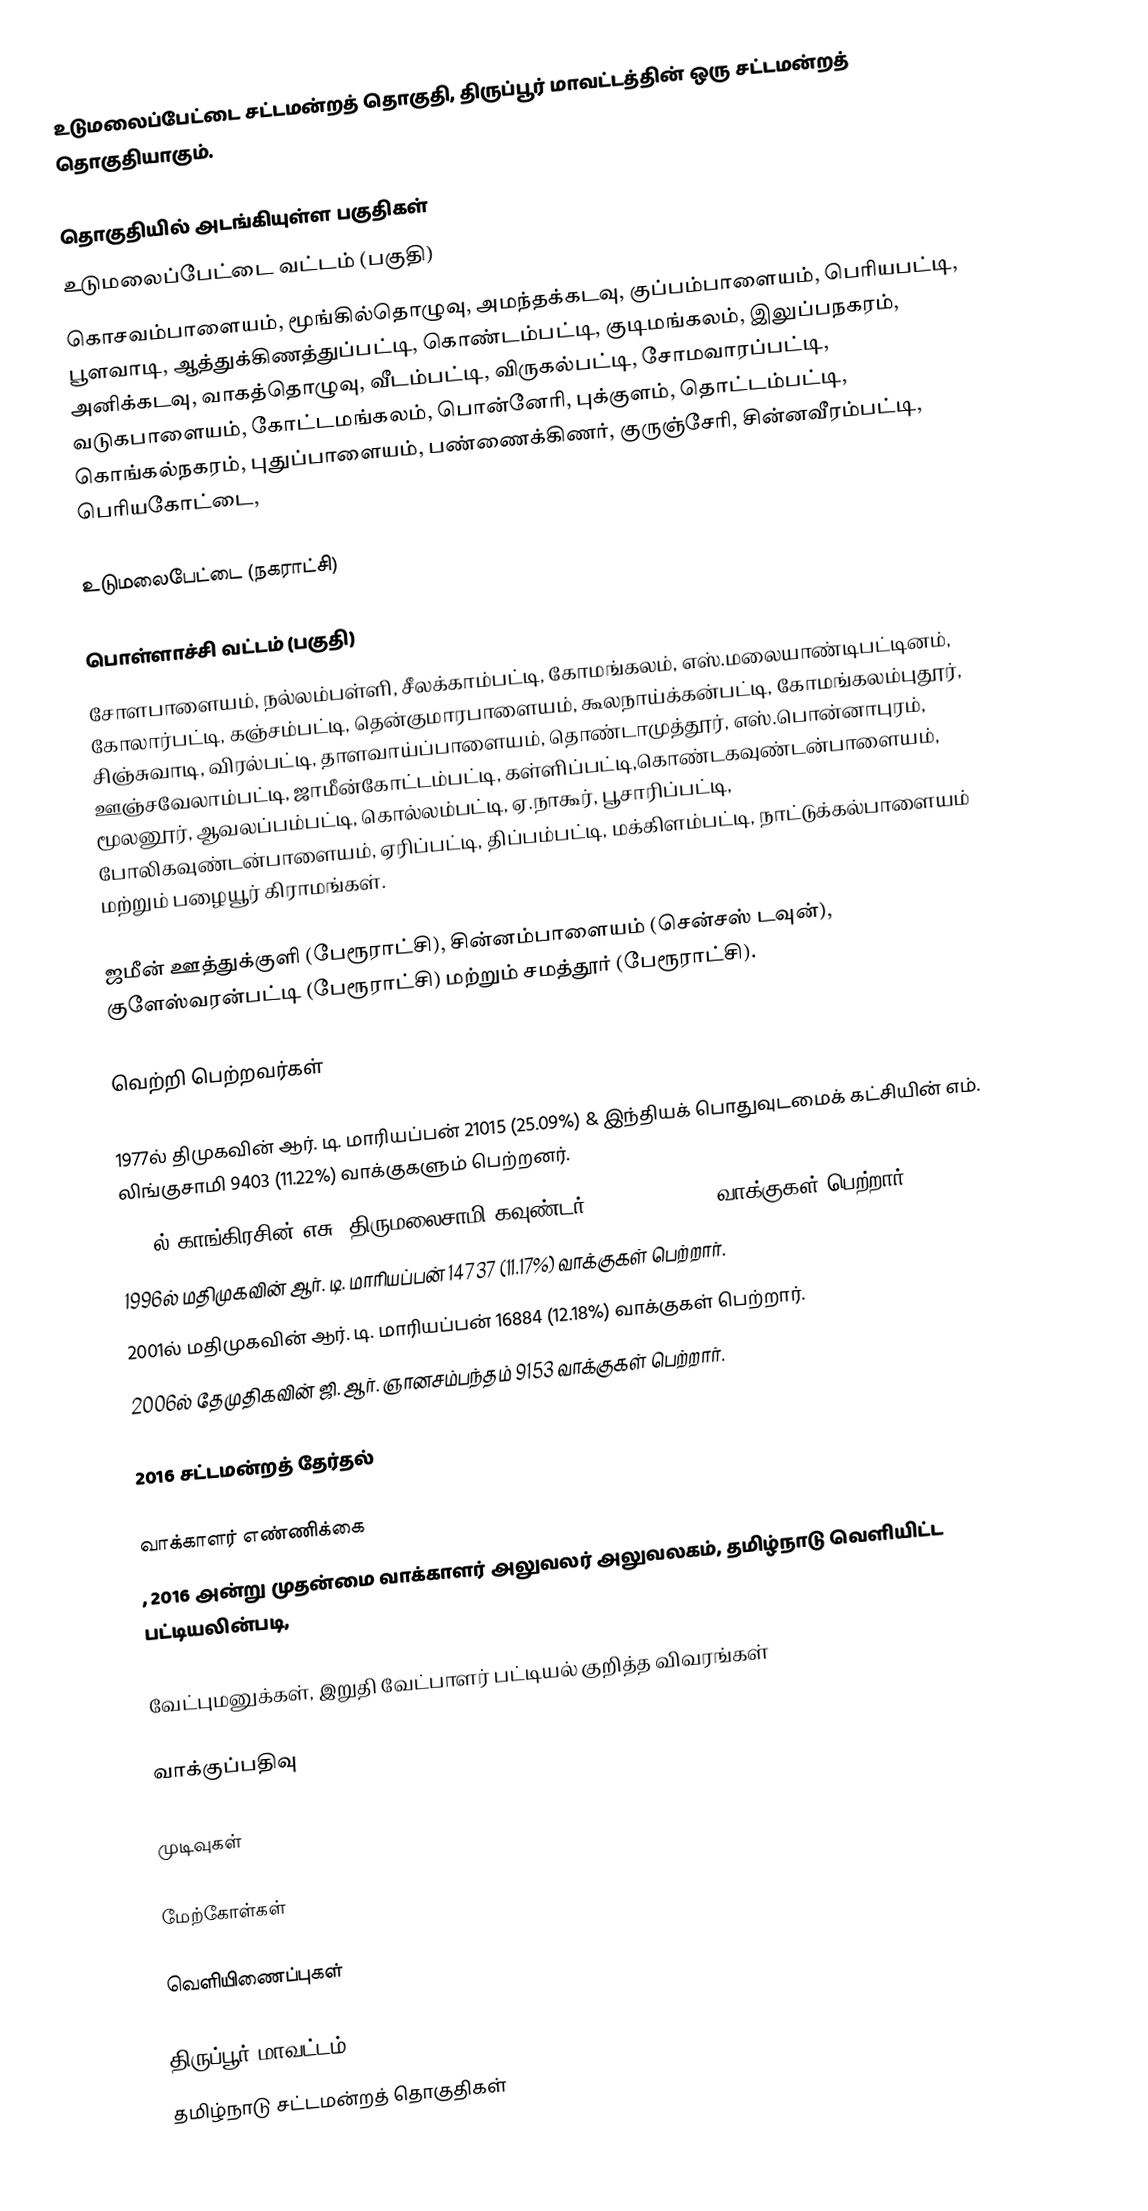
உடுமலைப்பேட்டை சட்டமன்றத் தொகுதி, திருப்பூர் மாவட்டத்தின் ஒரு சட்டமன்றத் தொகுதியாகும்.

தொகுதியில் அடங்கியுள்ள பகுதிகள்
உடுமலைப்பேட்டை வட்டம் (பகுதி)
கொசவம்பாளையம், மூங்கில்தொழுவு, அமந்தக்கடவு, குப்பம்பாளையம், பெரியபட்டி, பூளவாடி, ஆத்துக்கிணத்துப்பட்டி, கொண்டம்பட்டி, குடிமங்கலம், இலுப்பநகரம், அனிக்கடவு, வாகத்தொழுவு, வீடம்பட்டி, விருகல்பட்டி, சோமவாரப்பட்டி, வடுகபாளையம், கோட்டமங்கலம், பொன்னேரி, புக்குளம், தொட்டம்பட்டி, கொங்கல்நகரம், புதுப்பாளையம், பண்ணைக்கிணர், குருஞ்சேரி, சின்னவீரம்பட்டி, பெரியகோட்டை,

உடுமலைபேட்டை (நகராட்சி)

பொள்ளாச்சி வட்டம் (பகுதி)
சோளபாளையம், நல்லம்பள்ளி, சீலக்காம்பட்டி, கோமங்கலம், எஸ்.மலையாண்டிபட்டினம், கோலார்பட்டி, கஞ்சம்பட்டி, தென்குமாரபாளையம், கூலநாய்க்கன்பட்டி, கோமங்கலம்புதூர், சிஞ்சுவாடி, விரல்பட்டி, தாளவாய்ப்பாளையம், தொண்டாமுத்தூர், எஸ்.பொன்னாபுரம், ஊஞ்சவேலாம்பட்டி, ஜாமீன்கோட்டம்பட்டி, கள்ளிப்பட்டி,கொண்டகவுண்டன்பாளையம், மூலனூர், ஆவலப்பம்பட்டி, கொல்லம்பட்டி, ஏ.நாகூர், பூசாரிப்பட்டி, போலிகவுண்டன்பாளையம், ஏரிப்பட்டி, திப்பம்பட்டி, மக்கிளம்பட்டி, நாட்டுக்கல்பாளையம் மற்றும் பழையூர் கிராமங்கள்.

ஜமீன் ஊத்துக்குளி (பேரூராட்சி), சின்னம்பாளையம் (சென்சஸ் டவுன்), குளேஸ்வரன்பட்டி (பேரூராட்சி) மற்றும் சமத்தூர் (பேரூராட்சி).

வெற்றி பெற்றவர்கள்

1977ல் திமுகவின் ஆர். டி. மாரியப்பன் 21015 (25.09%) & இந்தியக் பொதுவுடமைக் கட்சியின் எம். லிங்குசாமி 9403 (11.22%) வாக்குகளும் பெற்றனர்.
1989ல் காங்கிரசின் எசு. திருமலைசாமி கவுண்டர்  13369 (10.97%) வாக்குகள் பெற்றார்.
1996ல் மதிமுகவின் ஆர். டி. மாரியப்பன் 14737 (11.17%) வாக்குகள் பெற்றார்.
2001ல் மதிமுகவின் ஆர். டி. மாரியப்பன்  16884 (12.18%) வாக்குகள் பெற்றார்.
2006ல் தேமுதிகவின் ஜி. ஆர். ஞானசம்பந்தம் 9153 வாக்குகள் பெற்றார்.

2016 சட்டமன்றத் தேர்தல்

வாக்காளர் எண்ணிக்கை
, 2016 அன்று முதன்மை வாக்காளர் அலுவலர் அலுவலகம், தமிழ்நாடு வெளியிட்ட பட்டியலின்படி,

வேட்புமனுக்கள், இறுதி வேட்பாளர் பட்டியல் குறித்த விவரங்கள்

வாக்குப்பதிவு

முடிவுகள்

மேற்கோள்கள்

வெளியிணைப்புகள்

திருப்பூர் மாவட்டம்
தமிழ்நாடு சட்டமன்றத் தொகுதிகள்